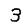
Digit: 3